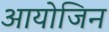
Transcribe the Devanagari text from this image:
आयोजिन